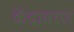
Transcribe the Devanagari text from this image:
केंद्रावरण